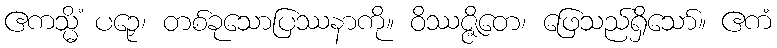
ဧကသ္မိံ ပဉှေ၊ တစ်ခုသောပြဿနာကို။ ဝိဿဇ္ဇိတေ၊ ဖြေသည်ရှိသော်။ ဧကံ